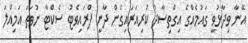
އޭނާ ވިދާޅުވީ ގައުމެއްގެ އިގްތިސާދު ކުރިއަރައިގެން ދާނީ ޕްރައިވެޓު ސެކްޓާ ނުވަތަ އަމިއްލަ